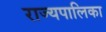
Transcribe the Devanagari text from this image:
राज्यपालिका